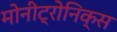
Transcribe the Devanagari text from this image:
मोनीट्रोनिक्स